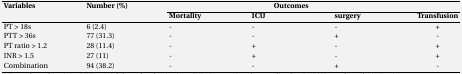
<table><thead><tr><td rowspan="2"><b>Variables</b></td><td rowspan="2"><b>Number (%)</b></td><td colspan="4"><b>Outcomes</b></td></tr><tr><td><b>Mortality</b></td><td><b>ICU </b></td><td><b>surgery</b></td><td><b>Transfusion</b></td></tr></thead><tbody><tr><td>PT &gt; 18s</td><td>6 (2.4)</td><td>-</td><td>-</td><td>-</td><td>+</td></tr><tr><td>PTT &gt; 36s</td><td>77 (31.3)</td><td>-</td><td>-</td><td>+</td><td>-</td></tr><tr><td>PT ratio &gt; 1.2</td><td>28 (11.4)</td><td>-</td><td>+</td><td>-</td><td>+</td></tr><tr><td>INR &gt; 1.5</td><td>27 (11)</td><td>-</td><td>+</td><td>-</td><td>+</td></tr><tr><td>Combination</td><td>94 (38.2)</td><td>-</td><td>-</td><td>+</td><td>-</td></tr></tbody></table>